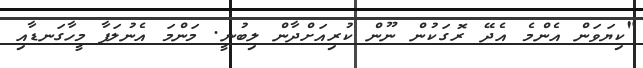
"ކިޔަވަން އެންމެ އެދޭ ރޮގަކުން ނޫން ކުރިއަށްދާން ލިބުނީ. މަންމަ އެނުލަފާ މީހާގަނޑާއި